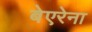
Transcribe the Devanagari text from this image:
बेएरेना